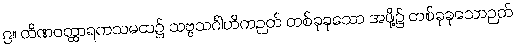
၉။ တိဏဝတ္ထာရကသမထ၌ သဗ္ဗသင်္ဂါဟိကဉတ် တစ်ခုခုသော အဖို့၌ တစ်ခုခုသောဉတ်